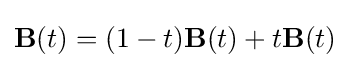
\mathbf {B} (t)=(1-t)\mathbf {B} (t)+t\mathbf {B} (t)